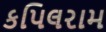
કપિલરામ